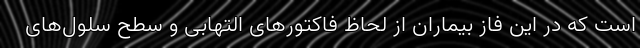
است که در این فاز بیماران از لحاظ فاکتورهای التهابی و سطح سلول‌های